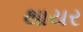
થાયર